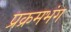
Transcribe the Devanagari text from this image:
प्रक्रमभंग